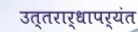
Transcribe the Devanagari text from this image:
उत्तरार्धापर्यंत